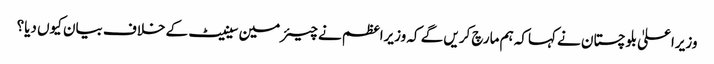
وزیراعلیٰ بلوچستان نے کہاکہ ہم مارچ کریں گے کہ وزیراعظم نے چیئرمین سینیٹ کے خلاف بیان کیوں دیا؟